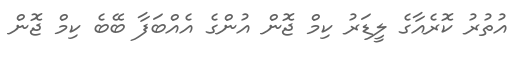
އުތުރު ކޮރެއާގެ ލީޑަރު ކިމް ޖޮން އުންގެ އެއްބަފާ ބޭބެ ކިމް ޖޮން